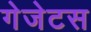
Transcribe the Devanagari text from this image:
गेजेटस